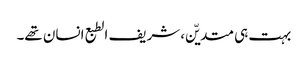
بہت ہی متدیّن، شریف الطبع انسان تھے۔